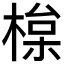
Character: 𣕘